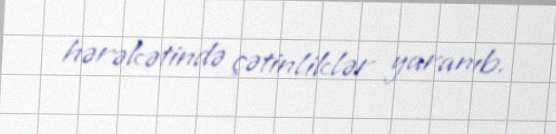
hərəkətində çətinliklər yaranıb.